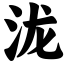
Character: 泷